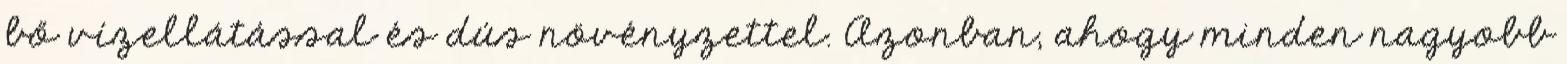
bő vízellátással és dús növényzettel. Azonban, ahogy minden nagyobb